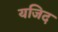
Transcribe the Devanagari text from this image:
यजिद